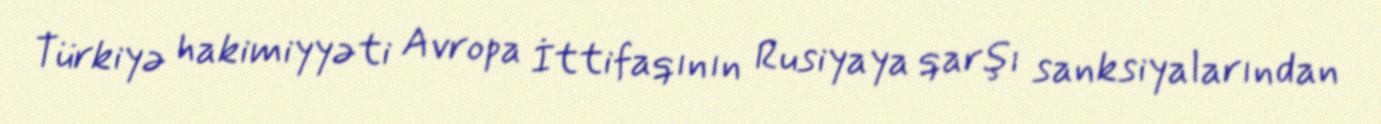
Türkiyə hakimiyyəti Avropa İttifaqının Rusiyaya qarşı sanksiyalarından